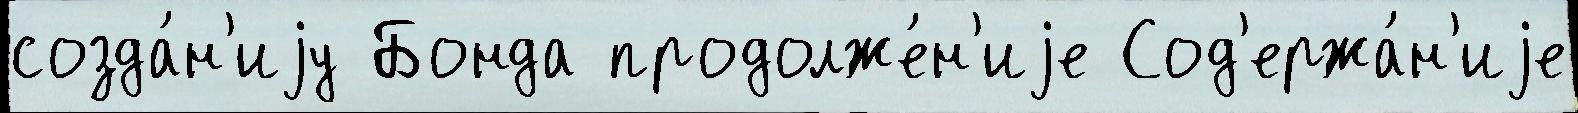
созда́н'иjу Бонда продолже́н'иjе Сод'ержа́н'иjе